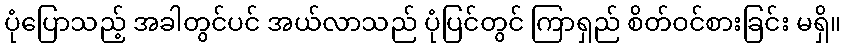
ပုံပြောသည့် အခါတွင်ပင် အယ်လာသည် ပုံပြင်တွင် ကြာရှည် စိတ်ဝင်စားခြင်း မရှိ။